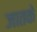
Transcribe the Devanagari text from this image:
जातके